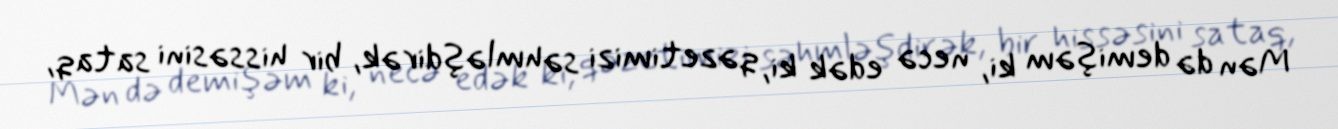
Mən də demişəm ki, necə edək ki, qəzetimizi səhmləşdirək, bir hissəsini sataq,